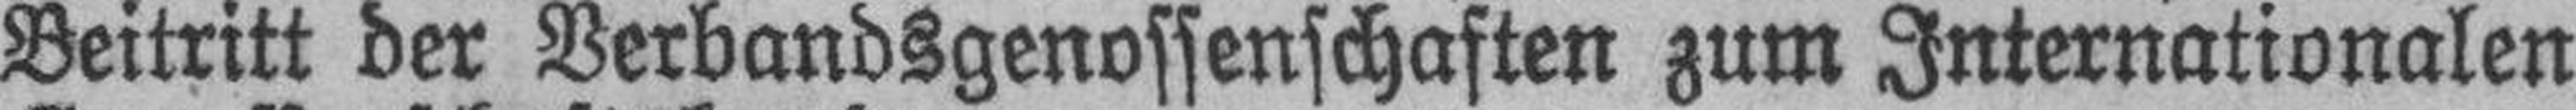
Beitritt der Verbandsgenossenschaften zum Internationalen